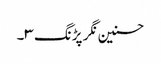
حسنین نگر پڑنگ ۳۔